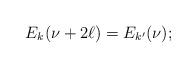
LaTeX: \begin{align*}E_k(\nu+2\ell) = E_{k'}(\nu);\end{align*}